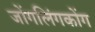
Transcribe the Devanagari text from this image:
जोंगलिंगकोंग